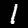
Label: 1